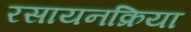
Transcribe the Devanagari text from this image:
रसायनक्रिया